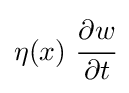
\eta (x)~{\cfrac {\partial w}{\partial t}}